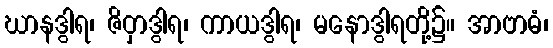
ဃာနဒွါရ၊ ဇိဝှာဒွါရ၊ ကာယဒွါရ၊ မနောဒွါရတို့၌။ အာဗာဓံ၊